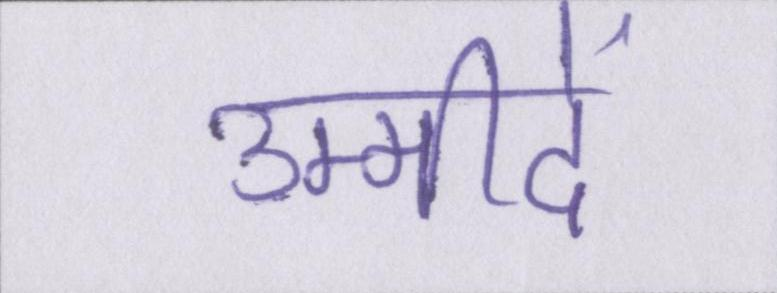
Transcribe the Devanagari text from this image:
उम्मीदें